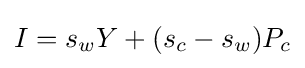
I=\displaystyle s_{w}Y+(s_{c}-s_{w})P_{c}